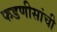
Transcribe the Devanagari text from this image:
फडणीसांची